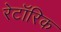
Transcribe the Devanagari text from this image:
रेटॉरिक